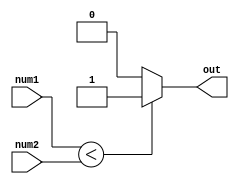
module less_than_comparator (
    input [31:0] num1,
    input [31:0] num2,
    output reg out
);

always @(*) begin
    if (num1 < num2) begin
        out = 1;
    end else begin
        out = 0;
    end
end

endmodule